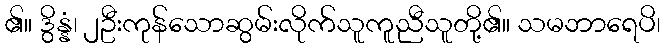
၏။ ဒွိန္နံ၊ ၂ဦးကုန်သောဆွမ်းလိုက်သူကူညီသူတို့၏။ သမဘာရေပိ၊